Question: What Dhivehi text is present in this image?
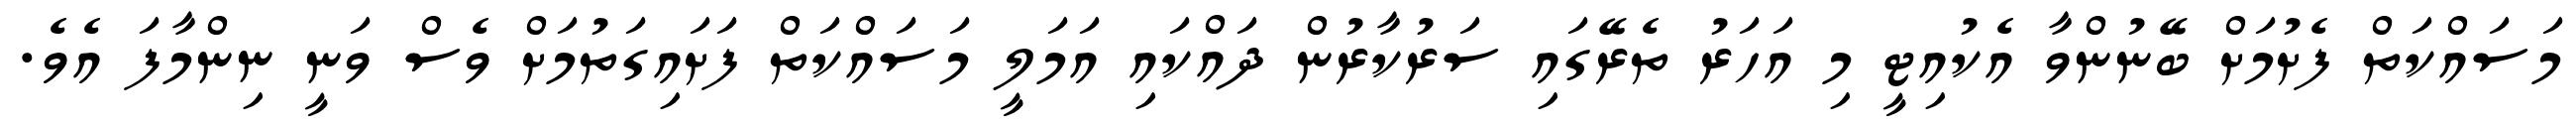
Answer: މަސައްކަތް ފެށުމަށް ބޭނުންވާ އެކުއިޓީ މި އަހަރު ތެރޭގައި ސަރުކާރުން ދައްކައި އަމަލީ މަސައްކަތް ފަށައިގަތުމަށް ވެސް ވަނީ ނިންމާފަ އެވެ.